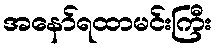
အနော်ရထာမင်းကြီး